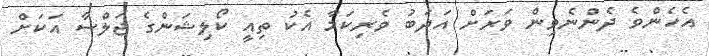
އެހެންވެ ދެންނެވިން ވަަރަށް އަދަބު ވެރިކަމާ އެކު ތިއީ ކޯލިޝަންގެ ޖަލްސާ އަކަށް